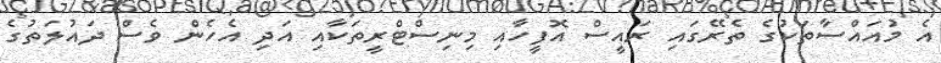
އެ މުއައްސާތަކުގެ ތެރޭގައި ރައީސް އޮފީހާއި މިނިސްޓްރީތަކާއި އަދި އެހެން ވެސް ދައުލަތުގެ